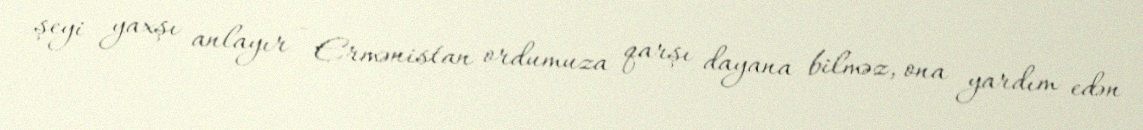
şeyi yaxşı anlayır - Ermənistan ordumuza qarşı dayana bilməz, ona yardım edən